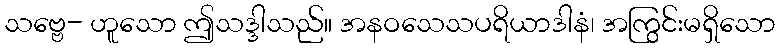
သဗ္ဗေ- ဟူသော ဤသဒ္ဒါသည်။ အနဝသေသပရိယာဒါနံ၊ အကြွင်းမရှိသော